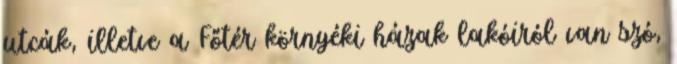
utcák, illetve a Főtér környéki házak lakóiról van szó,